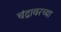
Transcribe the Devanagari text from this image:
चंद्रावरच्या